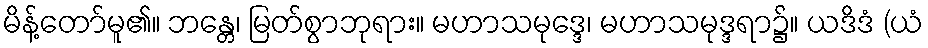
မိန့်တော်မူ၏။ ဘန္တေ၊ မြတ်စွာဘုရား။ မဟာသမုဒ္ဒေ၊ မဟာသမုဒ္ဒရာ၌။ ယဒိဒံ (ယံ